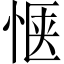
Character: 惬